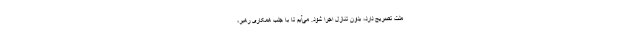
ملت تصریح دارد، بدون تنازل اجرا شود. می‌آیم تا با جلب همکاری رهبر،